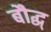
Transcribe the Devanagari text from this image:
बौद्ध्